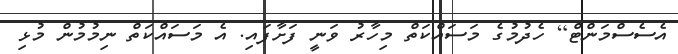
އެސެސްމަންޓް] ހެދުމުގެ މަސައްކަތް މިހާރު ވަނީ ފަށާފައި. އެ މަސައްކަތް ނިމުމުން މުޅި